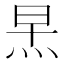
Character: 𪸣